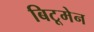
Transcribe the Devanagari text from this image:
बिटूमेन